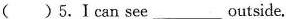
( )5.Ⅰcan see___outside.